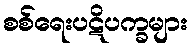
စစ်ရေးပဋိပက္ခများ